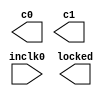
// megafunction wizard: %ALTPLL%VBB%
// GENERATION: STANDARD
// VERSION: WM1.0
// MODULE: altpll 

// ============================================================
// Megafunction Name(s):
// 			altpll
//
// Simulation Library Files(s):
// 			altera_mf
// ============================================================
// ************************************************************
// THIS IS A WIZARD-GENERATED FILE. DO NOT EDIT THIS FILE!
//
// 20.1.1 Build 720 11/11/2020 SJ Lite Edition
// ************************************************************

//Copyright (C) 2020  Intel Corporation. All rights reserved.
//Your use of Intel Corporation's design tools, logic functions 
//and other software and tools, and any partner logic 
//functions, and any output files from any of the foregoing 
//(including device programming or simulation files), and any 
//associated documentation or information are expressly subject 
//to the terms and conditions of the Intel Program License 
//Subscription Agreement, the Intel Quartus Prime License Agreement,
//the Intel FPGA IP License Agreement, or other applicable license
//agreement, including, without limitation, that your use is for
//the sole purpose of programming logic devices manufactured by
//Intel and sold by Intel or its authorized distributors.  Please
//refer to the applicable agreement for further details, at
//https://fpgasoftware.intel.com/eula.

module pll (
	inclk0,
	c0,
	c1,
	locked);

	input	  inclk0;
	output	  c0;
	output	  c1;
	output	  locked;

endmodule

// ============================================================
// CNX file retrieval info
// ============================================================
// Retrieval info: PRIVATE: ACTIVECLK_CHECK STRING "0"
// Retrieval info: PRIVATE: BANDWIDTH STRING "1.000"
// Retrieval info: PRIVATE: BANDWIDTH_FEATURE_ENABLED STRING "1"
// Retrieval info: PRIVATE: BANDWIDTH_FREQ_UNIT STRING "MHz"
// Retrieval info: PRIVATE: BANDWIDTH_PRESET STRING "Low"
// Retrieval info: PRIVATE: BANDWIDTH_USE_AUTO STRING "1"
// Retrieval info: PRIVATE: BANDWIDTH_USE_PRESET STRING "0"
// Retrieval info: PRIVATE: CLKBAD_SWITCHOVER_CHECK STRING "0"
// Retrieval info: PRIVATE: CLKLOSS_CHECK STRING "0"
// Retrieval info: PRIVATE: CLKSWITCH_CHECK STRING "0"
// Retrieval info: PRIVATE: CNX_NO_COMPENSATE_RADIO STRING "0"
// Retrieval info: PRIVATE: CREATE_CLKBAD_CHECK STRING "0"
// Retrieval info: PRIVATE: CREATE_INCLK1_CHECK STRING "0"
// Retrieval info: PRIVATE: CUR_DEDICATED_CLK STRING "c0"
// Retrieval info: PRIVATE: CUR_FBIN_CLK STRING "c0"
// Retrieval info: PRIVATE: DEVICE_SPEED_GRADE STRING "Any"
// Retrieval info: PRIVATE: DIV_FACTOR0 NUMERIC "4"
// Retrieval info: PRIVATE: DIV_FACTOR1 NUMERIC "4"
// Retrieval info: PRIVATE: DUTY_CYCLE0 STRING "50.00000000"
// Retrieval info: PRIVATE: DUTY_CYCLE1 STRING "50.00000000"
// Retrieval info: PRIVATE: EFF_OUTPUT_FREQ_VALUE0 STRING "21.207001"
// Retrieval info: PRIVATE: EFF_OUTPUT_FREQ_VALUE1 STRING "10.603500"
// Retrieval info: PRIVATE: EXPLICIT_SWITCHOVER_COUNTER STRING "0"
// Retrieval info: PRIVATE: EXT_FEEDBACK_RADIO STRING "0"
// Retrieval info: PRIVATE: GLOCKED_COUNTER_EDIT_CHANGED STRING "1"
// Retrieval info: PRIVATE: GLOCKED_FEATURE_ENABLED STRING "0"
// Retrieval info: PRIVATE: GLOCKED_MODE_CHECK STRING "0"
// Retrieval info: PRIVATE: GLOCK_COUNTER_EDIT NUMERIC "1048575"
// Retrieval info: PRIVATE: HAS_MANUAL_SWITCHOVER STRING "1"
// Retrieval info: PRIVATE: INCLK0_FREQ_EDIT STRING "14.138"
// Retrieval info: PRIVATE: INCLK0_FREQ_UNIT_COMBO STRING "MHz"
// Retrieval info: PRIVATE: INCLK1_FREQ_EDIT STRING "100.000"
// Retrieval info: PRIVATE: INCLK1_FREQ_EDIT_CHANGED STRING "1"
// Retrieval info: PRIVATE: INCLK1_FREQ_UNIT_CHANGED STRING "1"
// Retrieval info: PRIVATE: INCLK1_FREQ_UNIT_COMBO STRING "MHz"
// Retrieval info: PRIVATE: INTENDED_DEVICE_FAMILY STRING "MAX 10"
// Retrieval info: PRIVATE: INT_FEEDBACK__MODE_RADIO STRING "1"
// Retrieval info: PRIVATE: LOCKED_OUTPUT_CHECK STRING "1"
// Retrieval info: PRIVATE: LONG_SCAN_RADIO STRING "1"
// Retrieval info: PRIVATE: LVDS_MODE_DATA_RATE STRING "Not Available"
// Retrieval info: PRIVATE: LVDS_MODE_DATA_RATE_DIRTY NUMERIC "0"
// Retrieval info: PRIVATE: LVDS_PHASE_SHIFT_UNIT0 STRING "deg"
// Retrieval info: PRIVATE: LVDS_PHASE_SHIFT_UNIT1 STRING "ps"
// Retrieval info: PRIVATE: MIG_DEVICE_SPEED_GRADE STRING "Any"
// Retrieval info: PRIVATE: MIRROR_CLK0 STRING "0"
// Retrieval info: PRIVATE: MIRROR_CLK1 STRING "0"
// Retrieval info: PRIVATE: MULT_FACTOR0 NUMERIC "6"
// Retrieval info: PRIVATE: MULT_FACTOR1 NUMERIC "3"
// Retrieval info: PRIVATE: NORMAL_MODE_RADIO STRING "1"
// Retrieval info: PRIVATE: OUTPUT_FREQ0 STRING "100.00000000"
// Retrieval info: PRIVATE: OUTPUT_FREQ1 STRING "100.00000000"
// Retrieval info: PRIVATE: OUTPUT_FREQ_MODE0 STRING "0"
// Retrieval info: PRIVATE: OUTPUT_FREQ_MODE1 STRING "0"
// Retrieval info: PRIVATE: OUTPUT_FREQ_UNIT0 STRING "MHz"
// Retrieval info: PRIVATE: OUTPUT_FREQ_UNIT1 STRING "MHz"
// Retrieval info: PRIVATE: PHASE_RECONFIG_FEATURE_ENABLED STRING "1"
// Retrieval info: PRIVATE: PHASE_RECONFIG_INPUTS_CHECK STRING "0"
// Retrieval info: PRIVATE: PHASE_SHIFT0 STRING "0.00000000"
// Retrieval info: PRIVATE: PHASE_SHIFT1 STRING "0.00000000"
// Retrieval info: PRIVATE: PHASE_SHIFT_STEP_ENABLED_CHECK STRING "0"
// Retrieval info: PRIVATE: PHASE_SHIFT_UNIT0 STRING "deg"
// Retrieval info: PRIVATE: PHASE_SHIFT_UNIT1 STRING "deg"
// Retrieval info: PRIVATE: PLL_ADVANCED_PARAM_CHECK STRING "0"
// Retrieval info: PRIVATE: PLL_ARESET_CHECK STRING "0"
// Retrieval info: PRIVATE: PLL_AUTOPLL_CHECK NUMERIC "1"
// Retrieval info: PRIVATE: PLL_ENHPLL_CHECK NUMERIC "0"
// Retrieval info: PRIVATE: PLL_FASTPLL_CHECK NUMERIC "0"
// Retrieval info: PRIVATE: PLL_FBMIMIC_CHECK STRING "0"
// Retrieval info: PRIVATE: PLL_LVDS_PLL_CHECK NUMERIC "0"
// Retrieval info: PRIVATE: PLL_PFDENA_CHECK STRING "0"
// Retrieval info: PRIVATE: PLL_TARGET_HARCOPY_CHECK NUMERIC "0"
// Retrieval info: PRIVATE: PRIMARY_CLK_COMBO STRING "inclk0"
// Retrieval info: PRIVATE: RECONFIG_FILE STRING "pll.mif"
// Retrieval info: PRIVATE: SACN_INPUTS_CHECK STRING "0"
// Retrieval info: PRIVATE: SCAN_FEATURE_ENABLED STRING "1"
// Retrieval info: PRIVATE: SELF_RESET_LOCK_LOSS STRING "0"
// Retrieval info: PRIVATE: SHORT_SCAN_RADIO STRING "0"
// Retrieval info: PRIVATE: SPREAD_FEATURE_ENABLED STRING "0"
// Retrieval info: PRIVATE: SPREAD_FREQ STRING "50.000"
// Retrieval info: PRIVATE: SPREAD_FREQ_UNIT STRING "KHz"
// Retrieval info: PRIVATE: SPREAD_PERCENT STRING "0.500"
// Retrieval info: PRIVATE: SPREAD_USE STRING "0"
// Retrieval info: PRIVATE: SRC_SYNCH_COMP_RADIO STRING "0"
// Retrieval info: PRIVATE: STICKY_CLK0 STRING "1"
// Retrieval info: PRIVATE: STICKY_CLK1 STRING "1"
// Retrieval info: PRIVATE: STICKY_CLK2 STRING "0"
// Retrieval info: PRIVATE: STICKY_CLK3 STRING "0"
// Retrieval info: PRIVATE: STICKY_CLK4 STRING "0"
// Retrieval info: PRIVATE: SWITCHOVER_COUNT_EDIT NUMERIC "1"
// Retrieval info: PRIVATE: SWITCHOVER_FEATURE_ENABLED STRING "1"
// Retrieval info: PRIVATE: SYNTH_WRAPPER_GEN_POSTFIX STRING "0"
// Retrieval info: PRIVATE: USE_CLK0 STRING "1"
// Retrieval info: PRIVATE: USE_CLK1 STRING "1"
// Retrieval info: PRIVATE: USE_CLKENA0 STRING "0"
// Retrieval info: PRIVATE: USE_CLKENA1 STRING "0"
// Retrieval info: PRIVATE: USE_MIL_SPEED_GRADE NUMERIC "0"
// Retrieval info: PRIVATE: ZERO_DELAY_RADIO STRING "0"
// Retrieval info: LIBRARY: altera_mf altera_mf.altera_mf_components.all
// Retrieval info: CONSTANT: BANDWIDTH_TYPE STRING "AUTO"
// Retrieval info: CONSTANT: CLK0_DIVIDE_BY NUMERIC "2"
// Retrieval info: CONSTANT: CLK0_DUTY_CYCLE NUMERIC "50"
// Retrieval info: CONSTANT: CLK0_MULTIPLY_BY NUMERIC "3"
// Retrieval info: CONSTANT: CLK0_PHASE_SHIFT STRING "0"
// Retrieval info: CONSTANT: CLK1_DIVIDE_BY NUMERIC "4"
// Retrieval info: CONSTANT: CLK1_DUTY_CYCLE NUMERIC "50"
// Retrieval info: CONSTANT: CLK1_MULTIPLY_BY NUMERIC "3"
// Retrieval info: CONSTANT: CLK1_PHASE_SHIFT STRING "0"
// Retrieval info: CONSTANT: COMPENSATE_CLOCK STRING "CLK0"
// Retrieval info: CONSTANT: INCLK0_INPUT_FREQUENCY NUMERIC "70731"
// Retrieval info: CONSTANT: INTENDED_DEVICE_FAMILY STRING "MAX 10"
// Retrieval info: CONSTANT: LPM_TYPE STRING "altpll"
// Retrieval info: CONSTANT: OPERATION_MODE STRING "NORMAL"
// Retrieval info: CONSTANT: PLL_TYPE STRING "AUTO"
// Retrieval info: CONSTANT: PORT_ACTIVECLOCK STRING "PORT_UNUSED"
// Retrieval info: CONSTANT: PORT_ARESET STRING "PORT_UNUSED"
// Retrieval info: CONSTANT: PORT_CLKBAD0 STRING "PORT_UNUSED"
// Retrieval info: CONSTANT: PORT_CLKBAD1 STRING "PORT_UNUSED"
// Retrieval info: CONSTANT: PORT_CLKLOSS STRING "PORT_UNUSED"
// Retrieval info: CONSTANT: PORT_CLKSWITCH STRING "PORT_UNUSED"
// Retrieval info: CONSTANT: PORT_CONFIGUPDATE STRING "PORT_UNUSED"
// Retrieval info: CONSTANT: PORT_FBIN STRING "PORT_UNUSED"
// Retrieval info: CONSTANT: PORT_INCLK0 STRING "PORT_USED"
// Retrieval info: CONSTANT: PORT_INCLK1 STRING "PORT_UNUSED"
// Retrieval info: CONSTANT: PORT_LOCKED STRING "PORT_USED"
// Retrieval info: CONSTANT: PORT_PFDENA STRING "PORT_UNUSED"
// Retrieval info: CONSTANT: PORT_PHASECOUNTERSELECT STRING "PORT_UNUSED"
// Retrieval info: CONSTANT: PORT_PHASEDONE STRING "PORT_UNUSED"
// Retrieval info: CONSTANT: PORT_PHASESTEP STRING "PORT_UNUSED"
// Retrieval info: CONSTANT: PORT_PHASEUPDOWN STRING "PORT_UNUSED"
// Retrieval info: CONSTANT: PORT_PLLENA STRING "PORT_UNUSED"
// Retrieval info: CONSTANT: PORT_SCANACLR STRING "PORT_UNUSED"
// Retrieval info: CONSTANT: PORT_SCANCLK STRING "PORT_UNUSED"
// Retrieval info: CONSTANT: PORT_SCANCLKENA STRING "PORT_UNUSED"
// Retrieval info: CONSTANT: PORT_SCANDATA STRING "PORT_UNUSED"
// Retrieval info: CONSTANT: PORT_SCANDATAOUT STRING "PORT_UNUSED"
// Retrieval info: CONSTANT: PORT_SCANDONE STRING "PORT_UNUSED"
// Retrieval info: CONSTANT: PORT_SCANREAD STRING "PORT_UNUSED"
// Retrieval info: CONSTANT: PORT_SCANWRITE STRING "PORT_UNUSED"
// Retrieval info: CONSTANT: PORT_clk0 STRING "PORT_USED"
// Retrieval info: CONSTANT: PORT_clk1 STRING "PORT_USED"
// Retrieval info: CONSTANT: PORT_clk2 STRING "PORT_UNUSED"
// Retrieval info: CONSTANT: PORT_clk3 STRING "PORT_UNUSED"
// Retrieval info: CONSTANT: PORT_clk4 STRING "PORT_UNUSED"
// Retrieval info: CONSTANT: PORT_clk5 STRING "PORT_UNUSED"
// Retrieval info: CONSTANT: PORT_clkena0 STRING "PORT_UNUSED"
// Retrieval info: CONSTANT: PORT_clkena1 STRING "PORT_UNUSED"
// Retrieval info: CONSTANT: PORT_clkena2 STRING "PORT_UNUSED"
// Retrieval info: CONSTANT: PORT_clkena3 STRING "PORT_UNUSED"
// Retrieval info: CONSTANT: PORT_clkena4 STRING "PORT_UNUSED"
// Retrieval info: CONSTANT: PORT_clkena5 STRING "PORT_UNUSED"
// Retrieval info: CONSTANT: PORT_extclk0 STRING "PORT_UNUSED"
// Retrieval info: CONSTANT: PORT_extclk1 STRING "PORT_UNUSED"
// Retrieval info: CONSTANT: PORT_extclk2 STRING "PORT_UNUSED"
// Retrieval info: CONSTANT: PORT_extclk3 STRING "PORT_UNUSED"
// Retrieval info: CONSTANT: SELF_RESET_ON_LOSS_LOCK STRING "OFF"
// Retrieval info: CONSTANT: WIDTH_CLOCK NUMERIC "5"
// Retrieval info: USED_PORT: @clk 0 0 5 0 OUTPUT_CLK_EXT VCC "@clk[4..0]"
// Retrieval info: USED_PORT: c0 0 0 0 0 OUTPUT_CLK_EXT VCC "c0"
// Retrieval info: USED_PORT: c1 0 0 0 0 OUTPUT_CLK_EXT VCC "c1"
// Retrieval info: USED_PORT: inclk0 0 0 0 0 INPUT_CLK_EXT GND "inclk0"
// Retrieval info: USED_PORT: locked 0 0 0 0 OUTPUT GND "locked"
// Retrieval info: CONNECT: @inclk 0 0 1 1 GND 0 0 0 0
// Retrieval info: CONNECT: @inclk 0 0 1 0 inclk0 0 0 0 0
// Retrieval info: CONNECT: c0 0 0 0 0 @clk 0 0 1 0
// Retrieval info: CONNECT: c1 0 0 0 0 @clk 0 0 1 1
// Retrieval info: CONNECT: locked 0 0 0 0 @locked 0 0 0 0
// Retrieval info: GEN_FILE: TYPE_NORMAL pll.v TRUE
// Retrieval info: GEN_FILE: TYPE_NORMAL pll.ppf TRUE
// Retrieval info: GEN_FILE: TYPE_NORMAL pll.inc FALSE
// Retrieval info: GEN_FILE: TYPE_NORMAL pll.cmp FALSE
// Retrieval info: GEN_FILE: TYPE_NORMAL pll.bsf FALSE
// Retrieval info: GEN_FILE: TYPE_NORMAL pll_inst.v TRUE
// Retrieval info: GEN_FILE: TYPE_NORMAL pll_bb.v TRUE
// Retrieval info: LIB_FILE: altera_mf
// Retrieval info: CBX_MODULE_PREFIX: ON